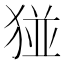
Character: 𪻁